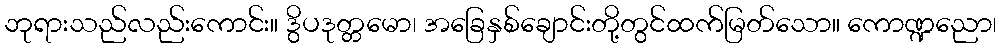
ဘုရားသည်လည်းကောင်း။ ဒွိပဒုတ္တမော၊ အခြေနှစ်ချောင်းတို့တွင်ထက်မြတ်သော။ ကောဏ္ဍညော၊